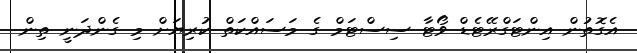
އެގޮތުން އިންޓަގްރޭޓެޑް ވޯޓާ ސިސްޓަމް ގެ މަސައްކަތް ކުރިޔަށް މި ގެންދަނީ ތިން